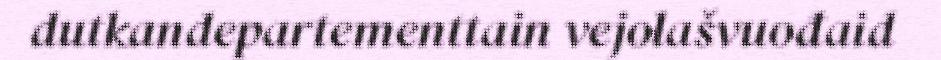
dutkandepartementtain vejolašvuođaid